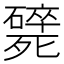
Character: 𣩸